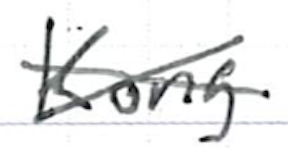
Text: Kong
Cross-out: cross
Writing tool: ballpoint